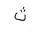
Letter: _tha